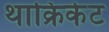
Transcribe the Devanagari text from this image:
थाक्रिकेट